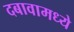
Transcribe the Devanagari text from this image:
दबावामध्ये